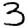
Digit: 3